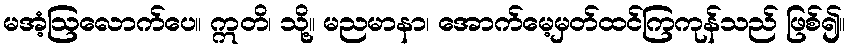
မအံ့ဩလောက်ပေ။ ဣတိ၊ သို့။ မညမာနာ၊ အောက်မေ့မှတ်ထင်ကြကုန်သည် ဖြစ်၍။